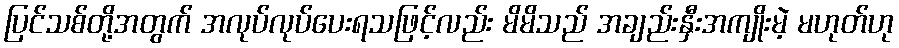
ပြင်သစ်တို့အတွက် အလုပ်လုပ်ပေးရသဖြင့်လည်း မိမိသည် အချည်းနှီးအကျိုးမဲ့ မဟုတ်ဟု